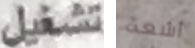
تشغيل أشعة